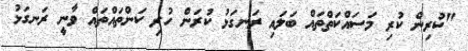
"ކުރިން ކުރި މަސައްކަތްތައް ބަލައި ރަނގަޅު ކުރަން ހުރި ކަންތައްތައް ވާނީ ރަނގަޅު